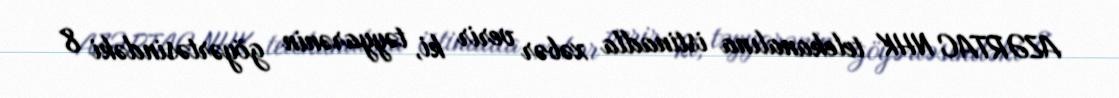
AZƏRTAC NHK telekanalına istinadla xəbər verir ki, təyyarənin göyərtəsindəki 8